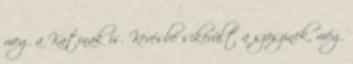
meg a Katinak is. Kevésbé sikerült a szöszinek, még